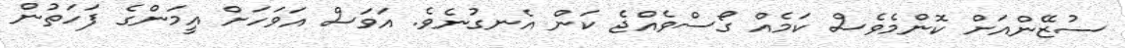
ސުޒޭންއަށް ކޮންމެވެސް ކަމެއް ގޯސްވެއްޖެ ކަން އެނގުނެވެ. އަވަސް އަވަހަށް އީމަންގެ ފަހަތުން